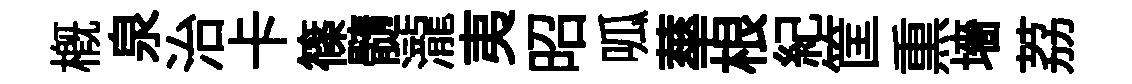
概泉治卡篠髓瀧夷昭呱蕐根紀筐𤋱墻荔